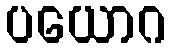
ပယောဂ